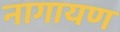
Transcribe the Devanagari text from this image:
नागायण